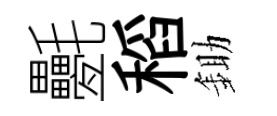
氎稻鋤